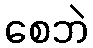
စေဘဲ